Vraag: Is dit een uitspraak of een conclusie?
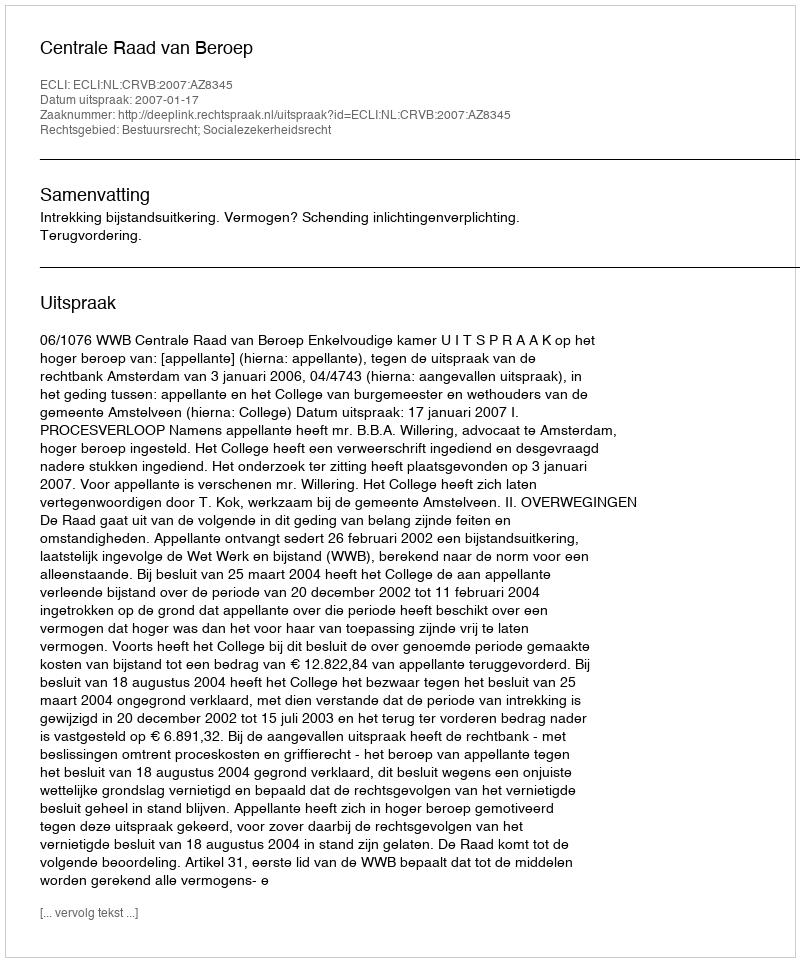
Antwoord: Uitspraak